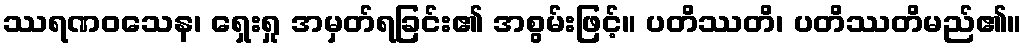
ဿရဏဝသေန၊ ရှေးရှု အမှတ်ရခြင်း၏ အစွမ်းဖြင့်။ ပတိဿတိ၊ ပတိဿတိမည်၏။